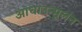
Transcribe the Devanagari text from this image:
आधाउन्मूलन